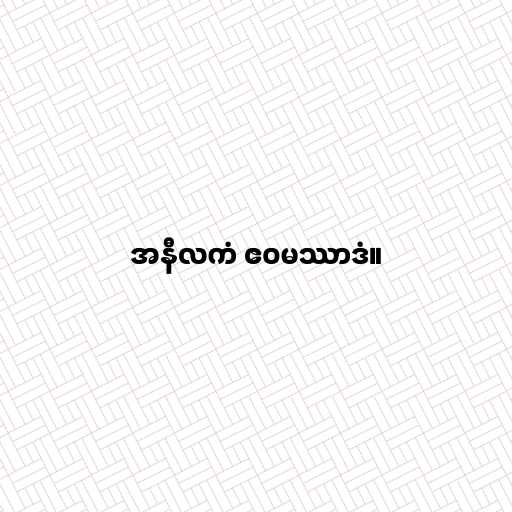
အနီလကံ ဧဝမဿာဒံ။